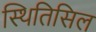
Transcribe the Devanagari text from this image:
स्थितिसिल